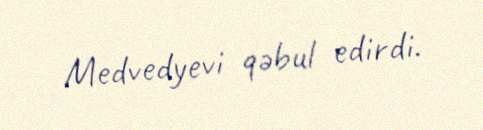
Medvedyevi qəbul edirdi.